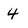
Character: 4